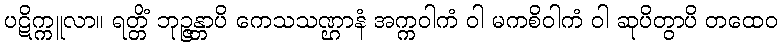
ပဋိက္ကူလာ။ ရတ္တိံ ဘုဉ္ဇန္တာပိ ကေသသဏ္ဌာနံ အက္ကဝါကံ ဝါ မကစိဝါကံ ဝါ ဆုပိတွာပိ တထေဝ